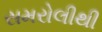
સમરોલીથી